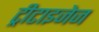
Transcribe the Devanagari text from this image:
ट्रीटाइजेज